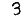
Digit: 3